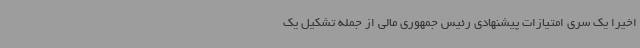
اخیراً یک سری امتیازات پیشنهادی رئیس جمهوری مالی از جمله تشکیل یک